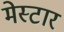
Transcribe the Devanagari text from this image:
मेस्टार